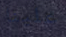
علينا